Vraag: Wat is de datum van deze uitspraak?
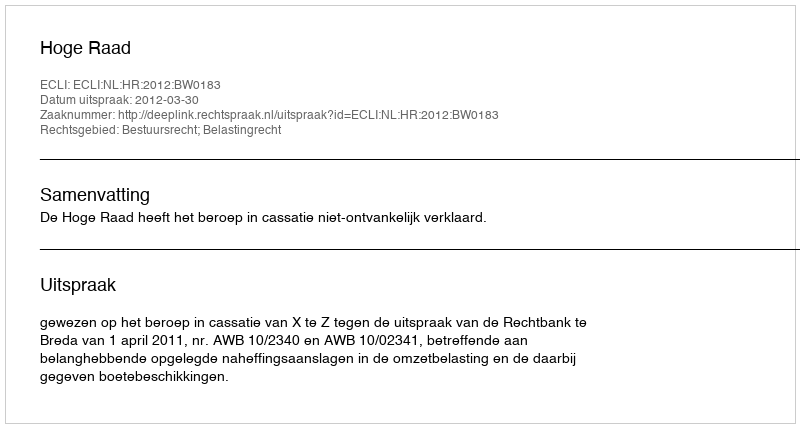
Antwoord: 2012-03-30